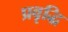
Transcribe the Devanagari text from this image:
प्रवृद्धि